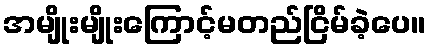
အမျိုးမျိုးကြောင့်မတည်ငြိမ်ခဲ့ပေ။